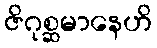
ဇိဂုစ္ဆမာနေဟိ